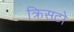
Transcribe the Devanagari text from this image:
क्रिसटो